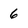
Character: 6